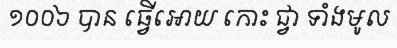
១០០៦ បាន ធ្វើអោយ កោះ ជ្វា ទាំងមូល